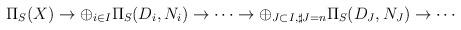
LaTeX: \begin{align*}\Pi_S(X) \rightarrow \oplus_{i \in I} \Pi_S(D_i,N_i)\rightarrow \cdots \rightarrow \oplus_{J \subset I, \sharp J=n} \Pi_S(D_J,N_J) \rightarrow \cdots\end{align*}